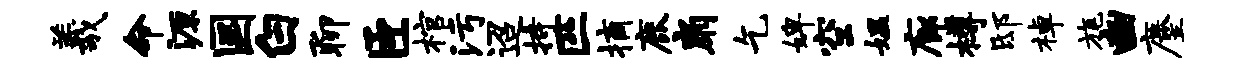
羲命源国白聊臣棺污迢持匹摘鹿扇乞婢空媪廊樽邸棹旄豳麈